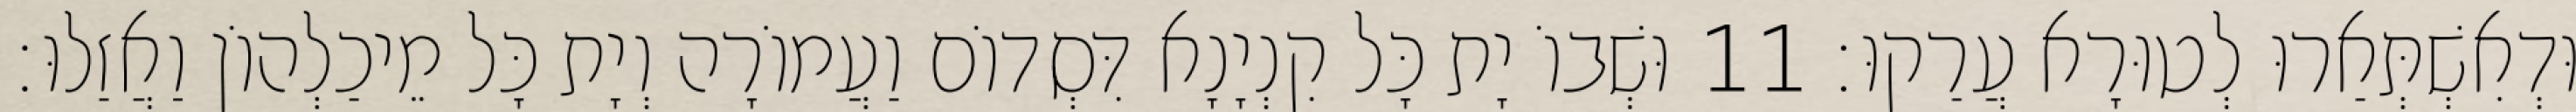
וּדְאִשְׁתְּאַרוּ לְטוּרָא עֲרַקוּ׃ 11 וּשְׁבוֹ יָת כָּל קִנְיָנָא דִּסְדוֹם וַעֲמוֹרָה וְיָת כָּל מֵיכַלְהוֹן וַאֲזַלוּ׃